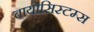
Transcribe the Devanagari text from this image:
बायोसिस्टम्स